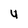
Character: u